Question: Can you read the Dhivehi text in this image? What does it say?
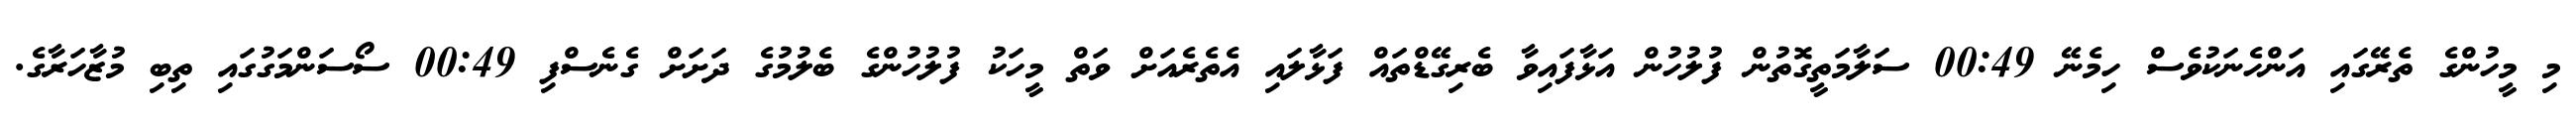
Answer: މި މީހުންގެ ތެރޭގައި އަންހެނަކުވެސް ހިމެނޭ 00:49 ސަލާމަތީގޮތުން ފުލުހުން އަޅާފައިވާ ބެރިގޭޑްތައް ފަޅާލައި އެތެރެއަށް ވަތް މީހަކު ފުލުހުންގެ ބެލުމުގެ ދަށަށް ގެނެސްފި 00:49 ސޯސަންމަގުގައި ތިބި މުޒާހަރާގެ.